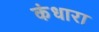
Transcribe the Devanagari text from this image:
कंधारा